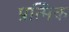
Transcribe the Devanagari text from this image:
प्रत्मिक